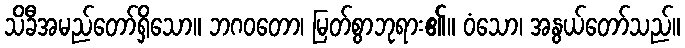
သိခီအမည်တော်ရှိသော။ ဘဂဝတော၊ မြတ်စွာဘုရား၏။ ဝံသော၊ အနွယ်တော်သည်။